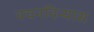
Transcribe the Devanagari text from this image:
वचनविन्यास